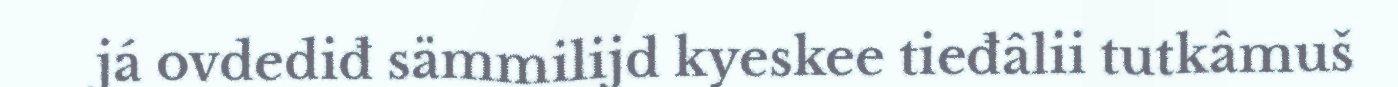
já ovdediđ sämmilijd kyeskee tieđâlii tutkâmuš